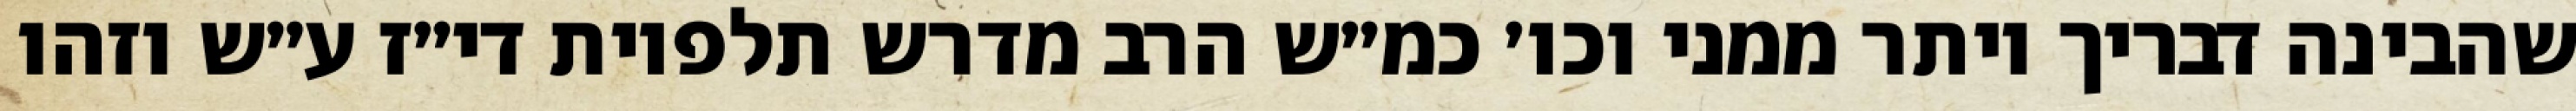
שהבינה דבריך יותר ממני וכו׳ כמ״ש הרב מדרש תלפיות די״ז ע״ש וזהו